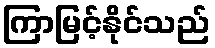
ကြာမြင့်နိုင်သည်